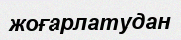
жоғарлатудан